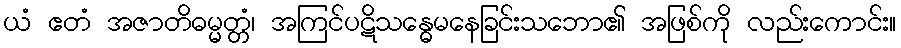
ယံ ဧတံ အဇာတိဓမ္မတ္တံ၊ အကြင်ပဋိသန္ဓေမနေခြင်းသဘော၏ အဖြစ်ကို လည်းကောင်း။